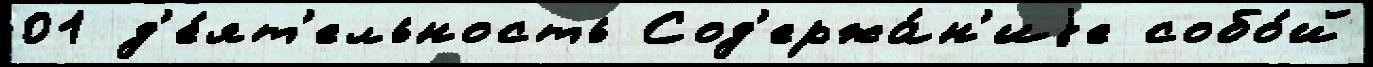
01 д'е́ят'ельность Сод'ержа́н'иjе собо́й